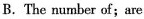
B. The number of;are